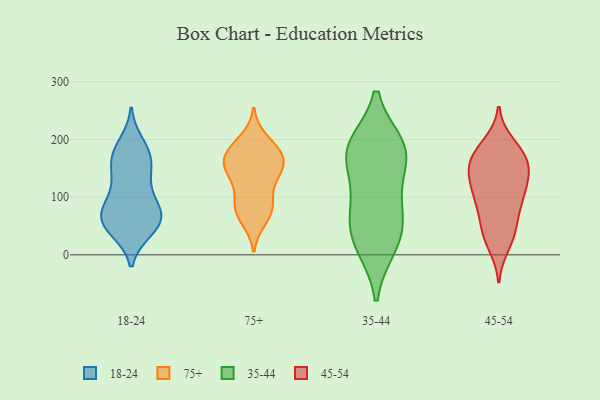
{"axis": {"x": "Conversion Rate (%)", "y": "Value"}, "legend": ["18-24", "35-44", "45-54", "75+"], "data": [{"x": "", "y": 43, "type": "18-24"}, {"x": "", "y": 165, "type": "18-24"}, {"x": "", "y": 63, "type": "18-24"}, {"x": "", "y": 105, "type": "18-24"}, {"x": "", "y": 66, "type": "18-24"}, {"x": "", "y": 192, "type": "18-24"}, {"x": "", "y": 71, "type": "18-24"}, {"x": "", "y": 133, "type": "18-24"}, {"x": "", "y": 63, "type": "18-24"}, {"x": "", "y": 169, "type": "18-24"}, {"x": "", "y": 161, "type": "18-24"}, {"x": "", "y": 127, "type": "18-24"}, {"x": "", "y": 48, "type": "18-24"}, {"x": "", "y": 76, "type": "18-24"}, {"x": "", "y": 81, "type": "18-24"}, {"x": "", "y": 180, "type": "18-24"}, {"x": "", "y": 44, "type": "18-24"}, {"x": "", "y": 182, "type": "75+"}, {"x": "", "y": 149, "type": "75+"}, {"x": "", "y": 164, "type": "75+"}, {"x": "", "y": 86, "type": "75+"}, {"x": "", "y": 97, "type": "75+"}, {"x": "", "y": 176, "type": "75+"}, {"x": "", "y": 77, "type": "75+"}, {"x": "", "y": 75, "type": "75+"}, {"x": "", "y": 163, "type": "75+"}, {"x": "", "y": 141, "type": "75+"}, {"x": "", "y": 147, "type": "75+"}, {"x": "", "y": 61, "type": "75+"}, {"x": "", "y": 199, "type": "75+"}, {"x": "", "y": 179, "type": "75+"}, {"x": "", "y": 130, "type": "75+"}, {"x": "", "y": 112, "type": "35-44"}, {"x": "", "y": 190, "type": "35-44"}, {"x": "", "y": 51, "type": "35-44"}, {"x": "", "y": 16, "type": "35-44"}, {"x": "", "y": 185, "type": "35-44"}, {"x": "", "y": 190, "type": "35-44"}, {"x": "", "y": 56, "type": "35-44"}, {"x": "", "y": 166, "type": "35-44"}, {"x": "", "y": 14, "type": "35-44"}, {"x": "", "y": 170, "type": "35-44"}, {"x": "", "y": 83, "type": "35-44"}, {"x": "", "y": 44, "type": "45-54"}, {"x": "", "y": 32, "type": "45-54"}, {"x": "", "y": 161, "type": "45-54"}, {"x": "", "y": 80, "type": "45-54"}, {"x": "", "y": 103, "type": "45-54"}, {"x": "", "y": 180, "type": "45-54"}, {"x": "", "y": 158, "type": "45-54"}, {"x": "", "y": 193, "type": "45-54"}, {"x": "", "y": 109, "type": "45-54"}, {"x": "", "y": 167, "type": "45-54"}, {"x": "", "y": 138, "type": "45-54"}, {"x": "", "y": 128, "type": "45-54"}, {"x": "", "y": 16, "type": "45-54"}, {"x": "", "y": 154, "type": "45-54"}, {"x": "", "y": 35, "type": "45-54"}, {"x": "", "y": 93, "type": "45-54"}, {"x": "", "y": 70, "type": "45-54"}, {"x": "", "y": 113, "type": "45-54"}, {"x": "", "y": 182, "type": "45-54"}, {"x": "", "y": 144, "type": "45-54"}]}